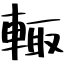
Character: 輙